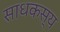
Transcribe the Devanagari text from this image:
साधकस्य